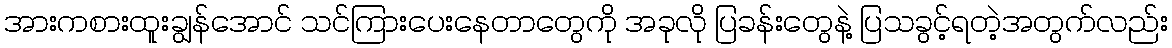
အားကစားထူးချွန်အောင် သင်ကြားပေးနေတာတွေကို အခုလို ပြခန်းတွေနဲ့ ပြသခွင့်ရတဲ့အတွက်လည်း